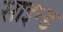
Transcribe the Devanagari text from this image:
साइन्ड